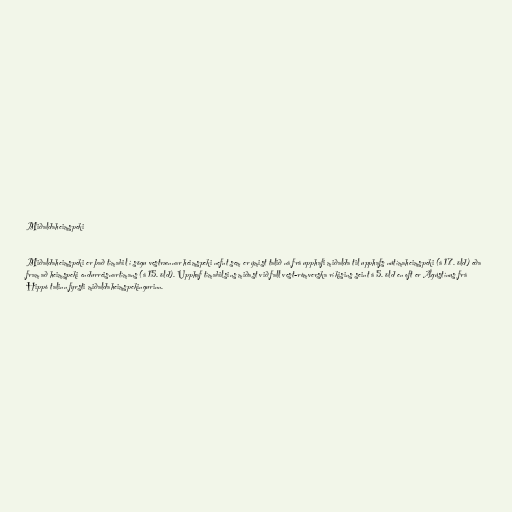
Miðaldaheimspeki

Miðaldaheimspeki er það tímabil í sögu vestrænnar heimspeki nefnt sem er ýmist talið ná frá upphafi miðalda til upphafs nútímaheimspeki (á 17. öld) eða
fram að heimspeki endurreisnartímans (á 15. öld). Upphaf tímabilsins miðast við fall vest-rómverska ríkisins seint á 5. öld en oft er Ágústínus frá
Hippó talinn fyrsti miðaldaheimspekingurinn.